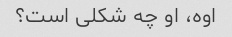
اوه، او چه شکلی است؟